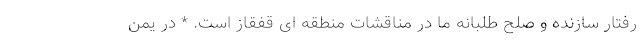
رفتار سازنده و صلح طلبانه ما در مناقشات منطقه ای قفقاز است. * در یمن